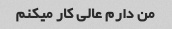
من دارم عالی کار میکنم